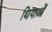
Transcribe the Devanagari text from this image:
थियाओं